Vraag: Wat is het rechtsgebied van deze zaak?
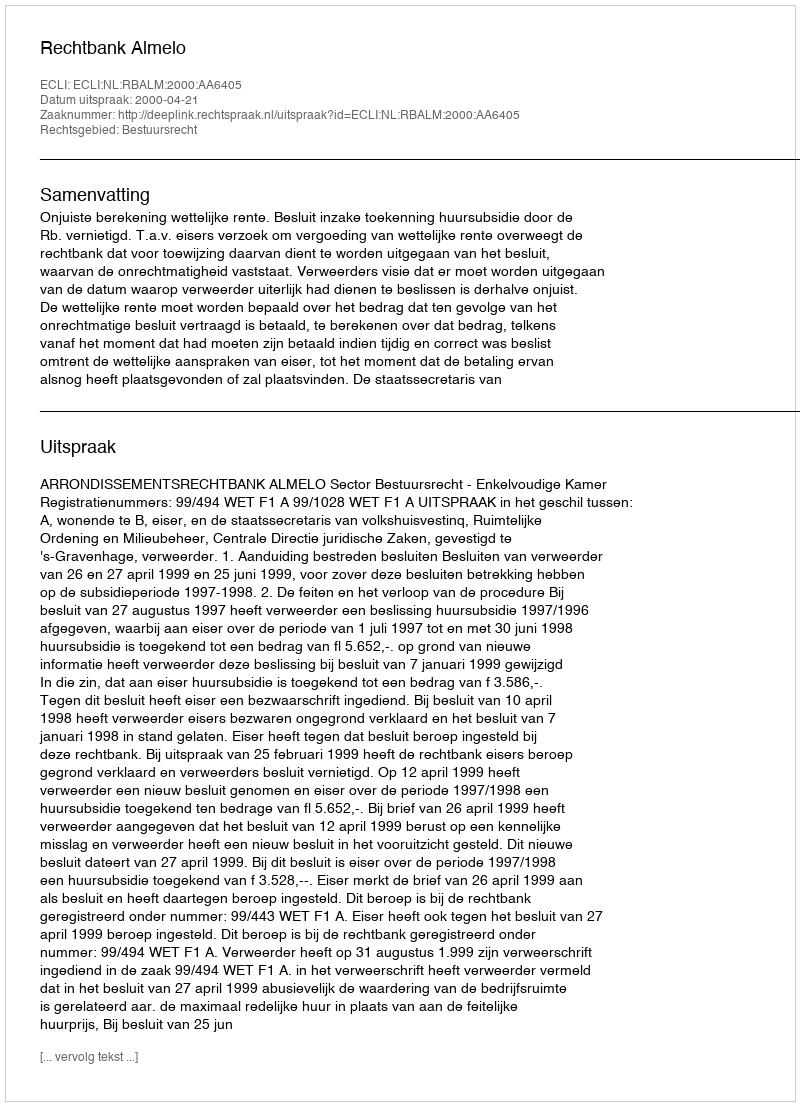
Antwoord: Bestuursrecht